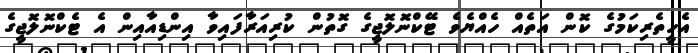
އެހީތެރިކަމުގެ ކޮން އަތެއް ހެއްޔެވެ ޓޭކްނޮލޮޖީގެ ގޮތުން ކުރިއަރާފައިވާ އިންޑިއާއިން އެ ޓެކްނޮލޮޖީގެ